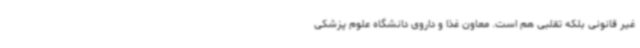
غیر قانونی بلکه تقلبی هم است. معاون غذا و داروی دانشگاه علوم پزشکی